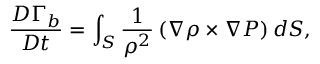
\frac { D \Gamma _ { b } } { D t } = \int _ { S } \frac { 1 } { \rho ^ { 2 } } \left( \nabla \rho \times \nabla P \right) d \boldsymbol { S } ,